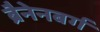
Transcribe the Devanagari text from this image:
ब्रैनेनबर्ग